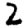
Digit: 2